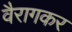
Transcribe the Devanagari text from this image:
वैरागकर